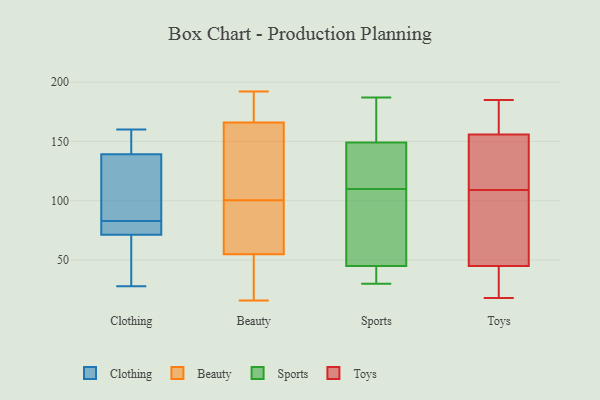
{"axis": {"x": "Shipments", "y": "Value"}, "legend": ["Beauty", "Clothing", "Sports", "Toys"], "data": [{"x": "", "y": 153, "type": "Clothing"}, {"x": "", "y": 75, "type": "Clothing"}, {"x": "", "y": 79, "type": "Clothing"}, {"x": "", "y": 38, "type": "Clothing"}, {"x": "", "y": 160, "type": "Clothing"}, {"x": "", "y": 79, "type": "Clothing"}, {"x": "", "y": 146, "type": "Clothing"}, {"x": "", "y": 28, "type": "Clothing"}, {"x": "", "y": 72, "type": "Clothing"}, {"x": "", "y": 147, "type": "Clothing"}, {"x": "", "y": 44, "type": "Clothing"}, {"x": "", "y": 83, "type": "Clothing"}, {"x": "", "y": 157, "type": "Clothing"}, {"x": "", "y": 71, "type": "Clothing"}, {"x": "", "y": 93, "type": "Clothing"}, {"x": "", "y": 102, "type": "Clothing"}, {"x": "", "y": 119, "type": "Clothing"}, {"x": "", "y": 118, "type": "Clothing"}, {"x": "", "y": 59, "type": "Clothing"}, {"x": "", "y": 69, "type": "Beauty"}, {"x": "", "y": 166, "type": "Beauty"}, {"x": "", "y": 16, "type": "Beauty"}, {"x": "", "y": 141, "type": "Beauty"}, {"x": "", "y": 192, "type": "Beauty"}, {"x": "", "y": 55, "type": "Beauty"}, {"x": "", "y": 169, "type": "Beauty"}, {"x": "", "y": 67, "type": "Beauty"}, {"x": "", "y": 25, "type": "Beauty"}, {"x": "", "y": 132, "type": "Beauty"}, {"x": "", "y": 149, "type": "Sports"}, {"x": "", "y": 30, "type": "Sports"}, {"x": "", "y": 110, "type": "Sports"}, {"x": "", "y": 128, "type": "Sports"}, {"x": "", "y": 140, "type": "Sports"}, {"x": "", "y": 110, "type": "Sports"}, {"x": "", "y": 171, "type": "Sports"}, {"x": "", "y": 38, "type": "Sports"}, {"x": "", "y": 170, "type": "Sports"}, {"x": "", "y": 110, "type": "Sports"}, {"x": "", "y": 44, "type": "Sports"}, {"x": "", "y": 45, "type": "Sports"}, {"x": "", "y": 187, "type": "Sports"}, {"x": "", "y": 56, "type": "Sports"}, {"x": "", "y": 109, "type": "Toys"}, {"x": "", "y": 115, "type": "Toys"}, {"x": "", "y": 180, "type": "Toys"}, {"x": "", "y": 165, "type": "Toys"}, {"x": "", "y": 158, "type": "Toys"}, {"x": "", "y": 59, "type": "Toys"}, {"x": "", "y": 185, "type": "Toys"}, {"x": "", "y": 19, "type": "Toys"}, {"x": "", "y": 51, "type": "Toys"}, {"x": "", "y": 101, "type": "Toys"}, {"x": "", "y": 43, "type": "Toys"}, {"x": "", "y": 20, "type": "Toys"}, {"x": "", "y": 149, "type": "Toys"}, {"x": "", "y": 33, "type": "Toys"}, {"x": "", "y": 18, "type": "Toys"}, {"x": "", "y": 135, "type": "Toys"}, {"x": "", "y": 100, "type": "Toys"}, {"x": "", "y": 142, "type": "Toys"}, {"x": "", "y": 169, "type": "Toys"}]}